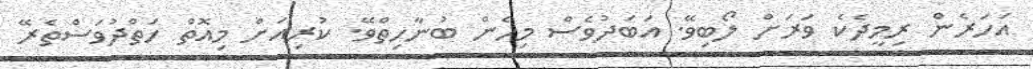
އަހަރެން ރިމީދެކެ ވަރަށް ލޯބިވޭ. އަބަދުވެސް މިހެން ބުނާހިތްވޭ. ކުރިއަށް މިއޮތް ހަތްދުވަސްތެރޭ